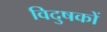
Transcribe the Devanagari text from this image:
विदुषकों